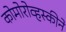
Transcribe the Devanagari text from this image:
कोमोरोव्हस्कीने